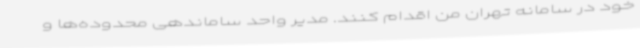
خود در سامانه تهران من اقدام کنند. مدیر واحد ساماندهی محدوده‌ها و